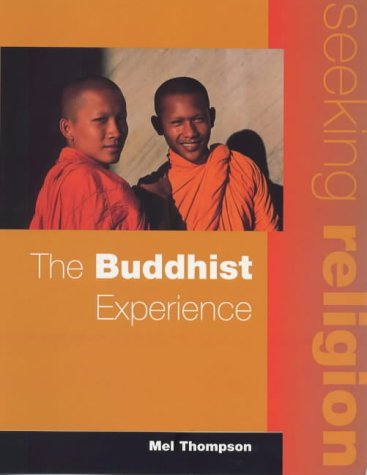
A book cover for The Buddhist Experience: Pupil's Book (Seeking Religion); Mel Thompson; Teen & Young Adult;